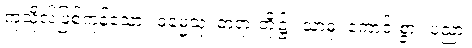
ကုသိုလ်ဖြစ်ကုန်သော။ ဓမ္မေသု၊ တရားတို့၌။ သာဓု၊ ကောင်းစွာ။ ပညာ၊